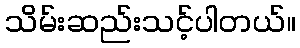
သိမ်းဆည်းသင့်ပါတယ်။